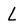
Character: L